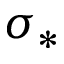
\sigma _ { * }